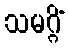
သမဂ္ဂိံ